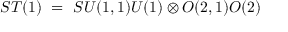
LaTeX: S T ( 1 ) ~ = ~ { \o { S U ( 1 , 1 ) } { U ( 1 ) } } \otimes { \o { O ( 2 , 1 ) } { O ( 2 ) } }